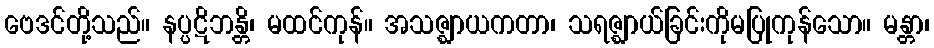
ဗေဒင်တို့သည်။ နပ္ပဋိဘန္တိ၊ မထင်ကုန်။ အသဇ္ဈာယကတာ၊ သရဇ္ဈာယ်ခြင်းကိုမပြုကုန်သော။ မန္တာ၊